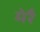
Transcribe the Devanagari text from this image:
मेरै